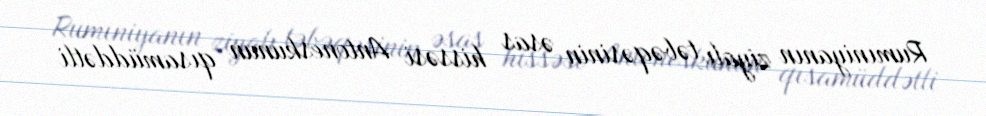
Rumıniyanın ziyalı təbəqəsinin əsas hissəsi Antoneskunun qısamüddətli